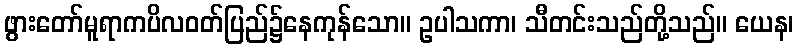
ဖွားတော်မူရာကပိလဝတ်ပြည်၌နေကုန်သော။ ဥပါသကာ၊ သီတင်းသည်တို့သည်။ ယေန၊